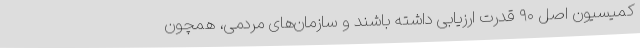
کمیسیون اصل ۹۰ قدرت ارزیابی داشته باشند و سازمان‌های مردمی، همچون